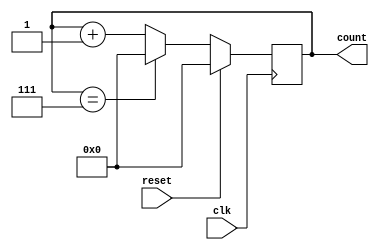
module ModulusCounter (
    input wire clk,
    input wire reset,
    output reg [N-1:0] count
);

parameter N = 8; // specify the modulus size

always @(posedge clk) begin
    if (reset) begin
        count <= 0;
    end else begin
        if (count == N-1) begin
            count <= 0;
        end else begin
            count <= count + 1;
        end
    end
end

endmodule